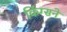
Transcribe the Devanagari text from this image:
किंग्सने